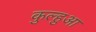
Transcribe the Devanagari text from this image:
कुल्हुआ